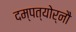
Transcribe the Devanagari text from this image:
दम्पत्योर्नौ